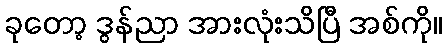
ခုတော့ ဒွန်ညာ အားလုံးသိပြီ အစ်ကို။